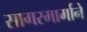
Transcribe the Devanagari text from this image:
सागरमार्गाने